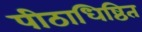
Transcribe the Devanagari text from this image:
पीठाधिष्ठित